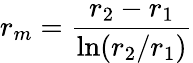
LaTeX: r_{m}={\frac{r_{2}-r_{1}}{\ln(r_{2}/r_{1})}}